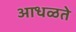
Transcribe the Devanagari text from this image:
आधळते